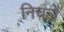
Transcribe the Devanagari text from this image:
निचले